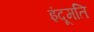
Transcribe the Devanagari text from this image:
इंदूमति